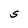
Character: S